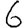
Digit: 6